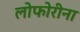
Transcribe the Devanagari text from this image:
लोफोरीना